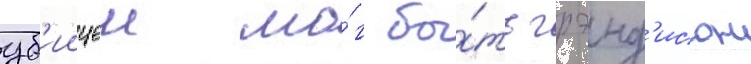
уб'иицеи мо́г бы́ть грэнд'исон